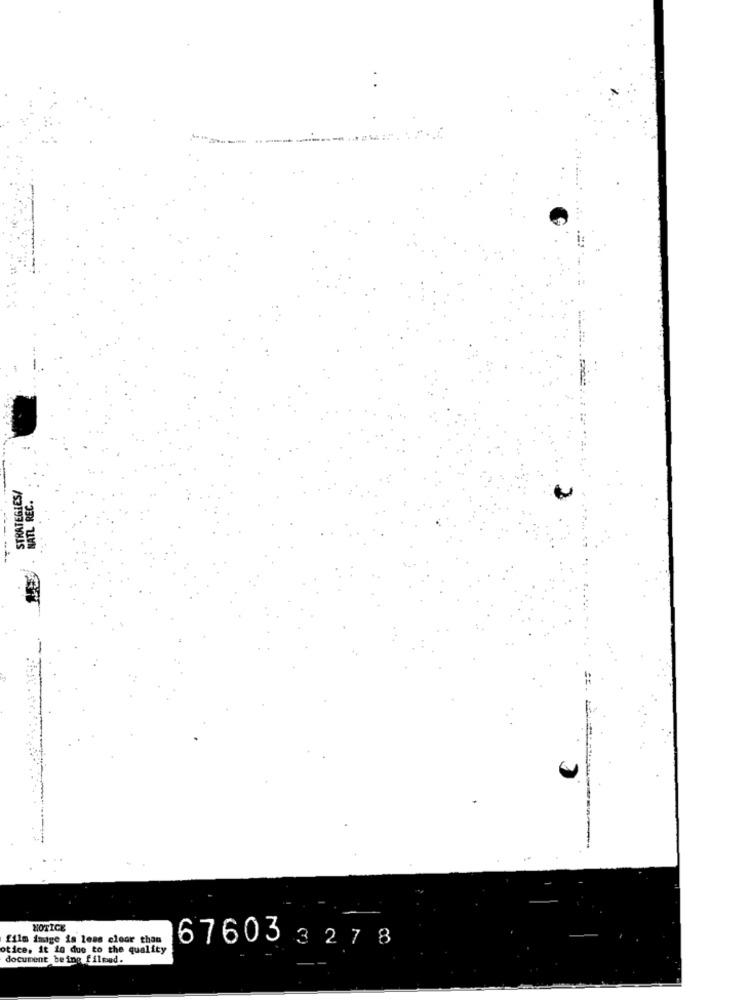
----
STRATEGIES/
NATL REC.
NOTICE
film imige is less clear than
otice. it ig due to the quality
67603327 8
document being filmed.